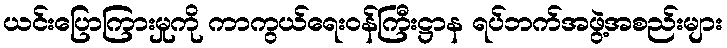
ယင်းပြောကြားမှုကို ကာကွယ်ရေးဝန်ကြီးဋ္ဌာန ရပ်ဘက်အဖွဲ့အစည်းများ